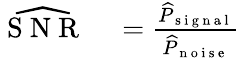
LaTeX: \begin{array}{rl}{\widehat{\mathrm{~S~N~R~}}}&{{}=\frac{\widehat{P}_{\mathrm{~s~i~g~n~a~l~}}}{\widehat{P}_{\mathrm{~n~o~i~s~e~}}}}\end{array}